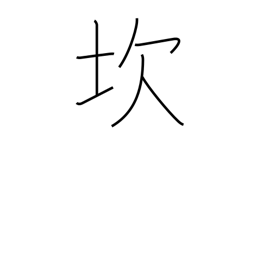
Meaning: pitfall